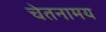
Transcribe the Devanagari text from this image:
चेतनामय